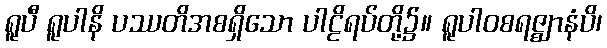
ရူပီ ရူပါနိ ပဿတိအစရှိသော ပါဠိရပ်တို့၌။ ရူပါဝစရဇ္ဈာနံပိ၊